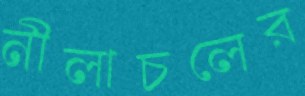
নীলাচলের